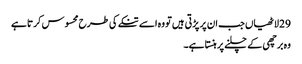
29 لاٹھیاں جب ان پر پڑتی ہیں تو وہ اسے تنکے کی طرح محسوس کرتا ہے
وہ برچھی کے چلنے پر ہنستا ہے۔